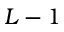
L - 1